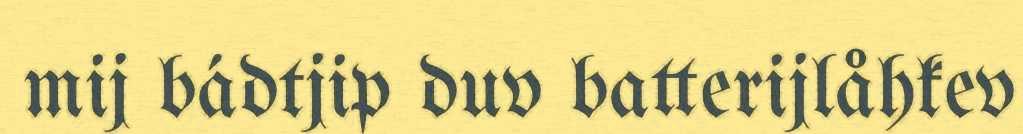
mij bádtjip duv batterijlåhkev